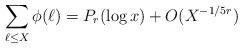
LaTeX: \begin{align*} \sum_{\ell\le X}\phi(\ell)=P_r(\log{x})+O(X^{-1/5r})\end{align*}